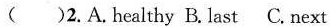
( )2.A.Healthy B.Last C.Next